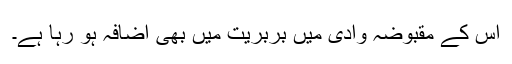
اس کے مقبوضہ وادی میں بربریت میں بھی اضافہ ہو رہا ہے۔